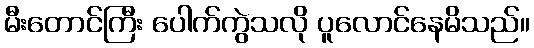
မီးတောင်ကြီး ပေါက်ကွဲသလို ပူလောင်နေမိသည်။